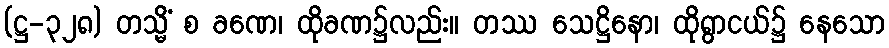
(ဋ္ဌ-၃၂၈) တသ္မိံ စ ခဏေ၊ ထိုခဏ၌လည်း။ တဿ သေဋ္ဌိနော၊ ထိုရွာငယ်၌ နေသော